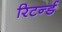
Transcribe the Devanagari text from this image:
रिटर्न्ड